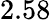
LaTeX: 2.58